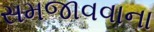
સમજાવવાના